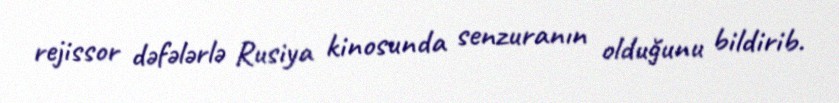
rejissor dəfələrlə Rusiya kinosunda senzuranın olduğunu bildirib.